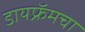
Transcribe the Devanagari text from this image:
डायफ्रॅमचा